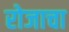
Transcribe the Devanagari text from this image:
रोजाचा